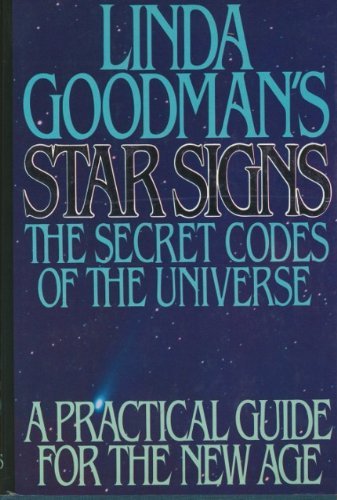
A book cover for Linda Goodman's Star Signs; Linda Goodman; Religion & Spirituality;